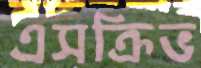
এসক্রিভ